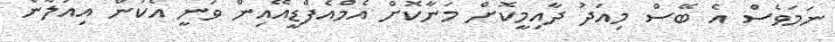
ނަމަވެސް އެ ބޭސް މިއަދު ދާއިމީކޮށް މަނާކޮށް އެމްއެފްޑީއޭއިން ވަނީ އެކަން އިއުލާން